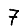
Digit: 7